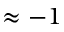
\approx - 1